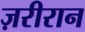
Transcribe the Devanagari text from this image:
ज़रीरान